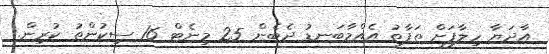
އާދަޔާ ހިލާފަށް ތަފާތު އެއްމާބަނޑު ދެބެން 25 މިނެޓް 16 ސިކުންތު ކުރިން.